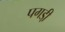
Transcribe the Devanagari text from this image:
पगडी़